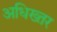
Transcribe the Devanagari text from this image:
अधिख्तर